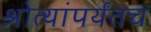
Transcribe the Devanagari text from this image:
श्रोत्यांपर्यंतच